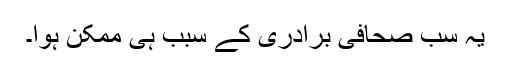
یہ سب صحافی برادری کے سبب ہی ممکن ہوا۔